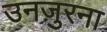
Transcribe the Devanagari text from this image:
उनज़ुरना